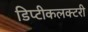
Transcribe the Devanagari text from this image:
डिप्टीकलक्टरी